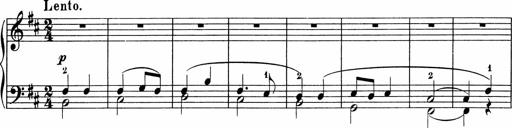
Title: 5 Sonatinen fÃ¼r die Jugend
Composer: Carl Reinecke